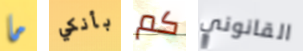
ما بأنكي كم القانوني